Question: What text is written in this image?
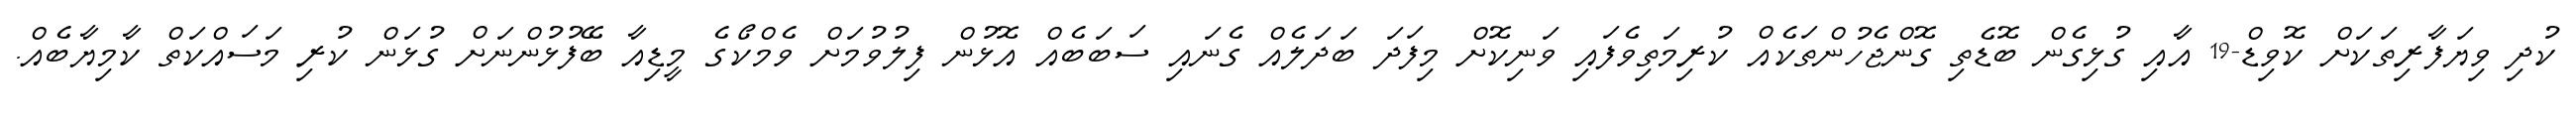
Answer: ކުދި ވިޔަފާރިތަކަށް ކޮވިޑް-19 އާއި ގުޅިގެން ބޮޑެތި ގޮންޖެހުންތަކެއް ކުރިމަތިވެފައި ވަނިކޮށް މިފަދަ ބަދަލެއް ގެނައި ސަބަބެއް އޮޅުން ފިލުވުމަށް ވެމްކޯގެ މީޑިއާ ބޭފުޅުންނަށް ގުޅަން ކުރި މަސައްކަތް ކާމިޔާބެއް.